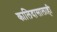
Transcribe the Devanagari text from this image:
कालिदासालाही